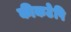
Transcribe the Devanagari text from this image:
कीकटेपि